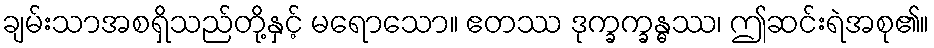
ချမ်းသာအစရှိသည်တို့နှင့် မရောသော။ ဧတဿ ဒုက္ခက္ခန္ဓဿ၊ ဤဆင်းရဲအစု၏။